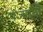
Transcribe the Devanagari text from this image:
पंज्यानी